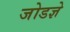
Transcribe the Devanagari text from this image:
जोडज्ञे